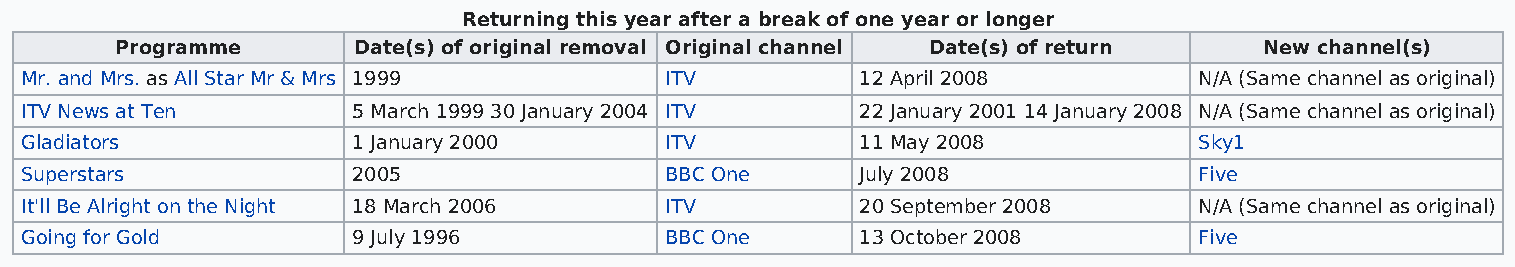
Returning this year after a break of one year or longer
 Programme      Date(s) of original removal Original channel Date(s) of return New channel(s)
 Mr. and Mrs. as All Star Mr & Mrs 1999     ITV          12 April 2008         N/A (Same channel as original)
 ITV News at Ten       5 March 1999 30 January 2004 ITV  22 January 2001 14 January 2008 N/A (Same channel as original)
 Gladiators            1 January 2000       ITV          11 May 2008           Sky1
 Superstars            2005                 BBC One      July 2008             Five
 It'll Be Alright on the Night 18 March 2006 ITV         20 September 2008     N/A (Same channel as original)
 Going for Gold        9 July 1996          BBC One      13 October 2008       Five